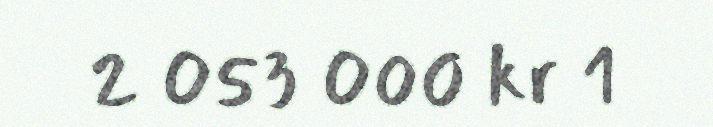
2 053 000 kr 1